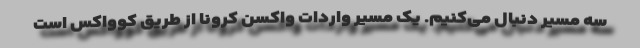
سه مسیر دنبال می‌کنیم. یک مسیر واردات واکسن کرونا از طریق کوواکس است